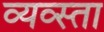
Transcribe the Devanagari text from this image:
व्यव्स्ता